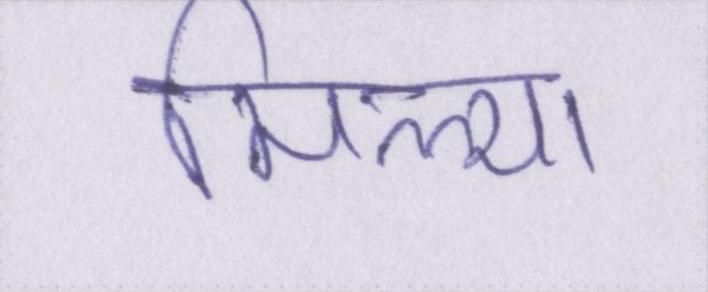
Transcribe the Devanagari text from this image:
मिल्या